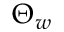
\Theta _ { w }